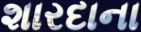
શારદાના